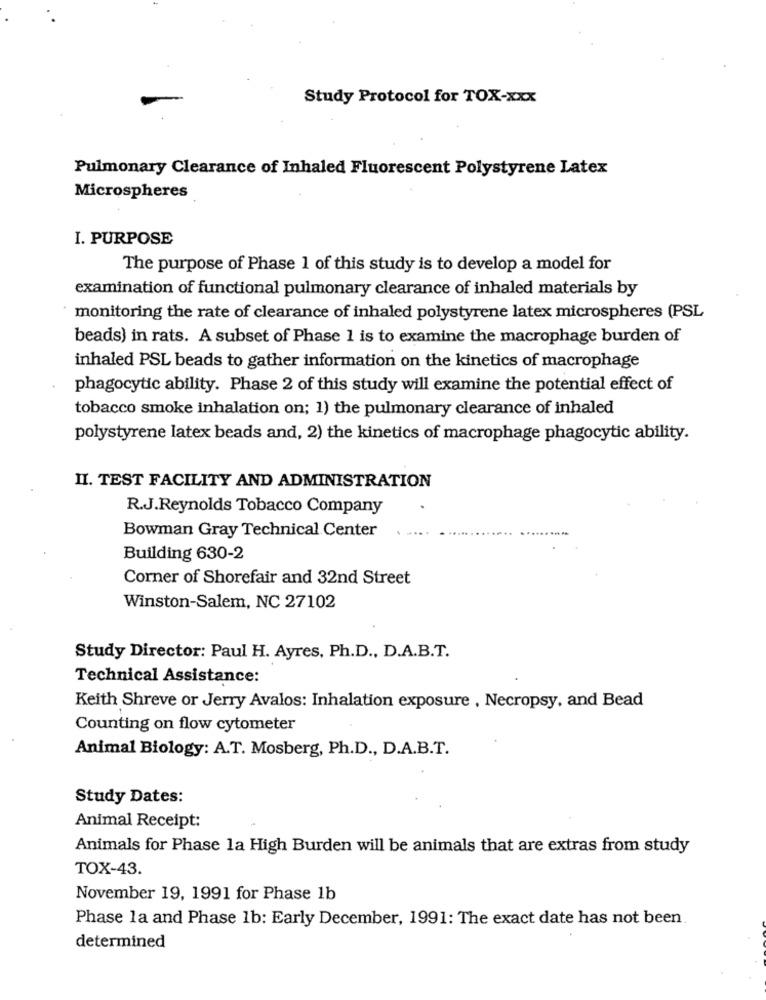
Study Protocol for TOX-xxx
Pulmonary Clearance of Inhaled Fluorescent Polystyrene Latex
Microspheres
I. PURPOSE
The purpose of Phase 1 of this study is to develop a model for
examination of functional pulmonary clearance of inhaled materials by
monitoring the rate of clearance of inhaled polystyrene latex microspheres (PSL
beads) in rats. A subset of Phase 1 is to examine the macrophage burden of
inhaled PSL beads to gather information on the kinetics of macrophage
phagocytic ability. Phase 2 of this study will examine the potential effect of
tobacco smoke inhalation on; 1) the pulmonary clearance of inhaled
polystyrene latex beads and, 2) the kinetics of macrophage phagocytic ability.
II. TEST FACILITY AND ADMINISTRATION
R.J.Reynolds Tobacco Company
Bowman Gray Technical Center
Building 630-2
Corner of Shorefair and 32nd Street
Winston-Salem, NC 27102
Study Director: Paul H. Ayres, Ph.D ., D.A.B.T.
Technical Assistance:
Keith Shreve or Jerry Avalos: Inhalation exposure , Necropsy, and Bead
Counting on flow cytometer
Animal Biology: A.T. Mosberg, Ph.D ., D.A.B.T.
Study Dates:
Animal Receipt:
Animals for Phase la High Burden will be animals that are extras from study
TOX-43.
November 19, 1991 for Phase 1b
Phase la and Phase 1b: Early December, 1991: The exact date has not been
determined